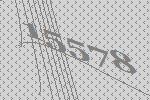
15578